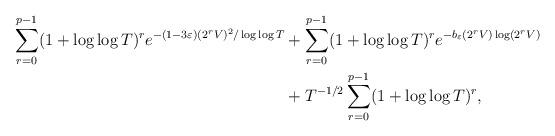
LaTeX: \begin{align*}\sum_{r = 0}^{p-1} (1 + \log \log T)^{r} e^{- (1-3 \varepsilon) (2^r V)^2/ \log \log T}& + \sum_{r = 0}^{p-1} (1 + \log \log T)^{r} e^{- b_{\varepsilon} (2^r V) \log (2^r V)}\\ & + T^{-1/2} \sum_{r = 0}^{p-1} (1 + \log \log T)^{r},\end{align*}